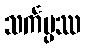
သင်္ကပ္ပဿ